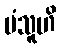
ပံသူဟိ